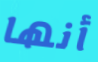
أنها